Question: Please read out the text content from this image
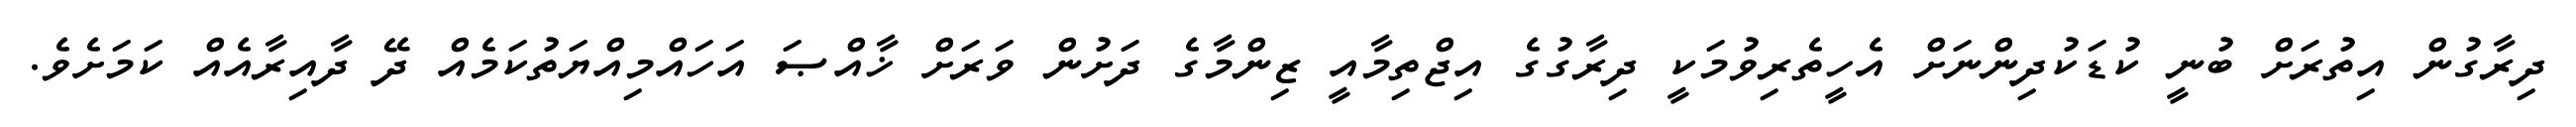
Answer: ދިރާގުން އިތުރަށް ބުނީ ކުޑަކުދިންނަށް އެހީތެރިވުމަކީ ދިރާގުގެ އިޖްތިމާއީ ޒިންމާގެ ދަށުން ވަރަށް ޚާއްޞަ އަހައްމިއްޔަތުކަމެއް ދޭ ދާއިރާއެއް ކަމަށެވެ.